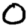
Digit: 0